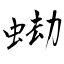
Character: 蜐